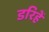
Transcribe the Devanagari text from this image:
डरिहें